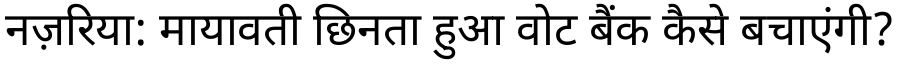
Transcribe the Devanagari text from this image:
नज़रिया: मायावती छिनता हुआ वोट बैंक कैसे बचाएंगी?